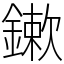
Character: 鏉